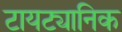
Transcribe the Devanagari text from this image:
टायट्यानिक